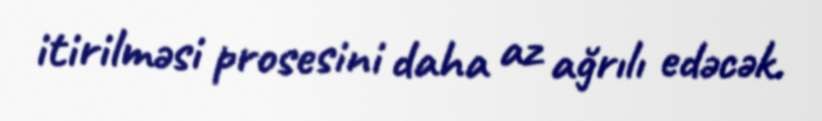
itirilməsi prosesini daha az ağrılı edəcək.